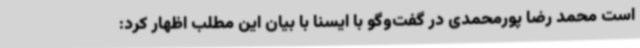
است محمد رضا پورمحمدی در گفت‌وگو با ایسنا با بیان این مطلب اظهار کرد: